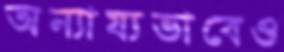
অন্যায্যভাবেও